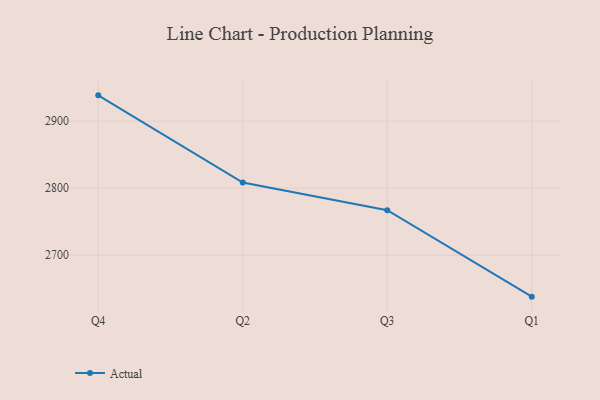
{"axis": {"x": "Quarter", "y": "Latency (ms)"}, "legend": ["Actual"], "data": [{"x": "Q4", "y": 2938.6, "type": "Actual"}, {"x": "Q2", "y": 2808.3, "type": "Actual"}, {"x": "Q3", "y": 2767.1, "type": "Actual"}, {"x": "Q1", "y": 2637.9, "type": "Actual"}]}